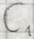
Text: C1